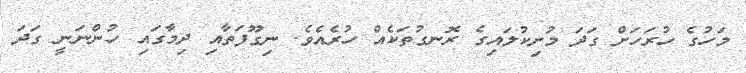
މަހުގެ ހުރަހަށް ގަދަ މުށިކުލައިގެ ރޮނގުތަކެއް ހުރެއެވެ. ނިގޫފަތާއި ދިމާގައި ހުންނަނީ ގަދަ